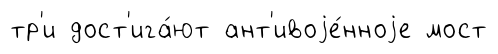
тр'и дост'ига́ют ант'ивоjе́нноjе мост